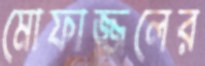
মোফাজ্জলের